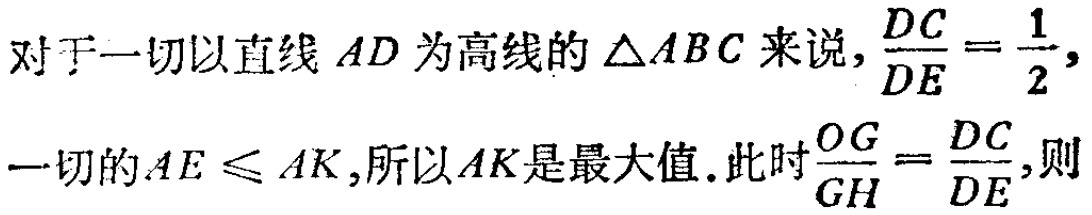
对于一切以直线 \(AD\) 为高线的 \(\triangle ABC\) 来说，\(\frac{DC}{DE}=\frac{1}{2}\)，
一切的 \(AE\leqslant AK\)，所以 \(AK\) 是最大值. 此时 \(\frac{OG}{GH}=\frac{DC}{DE}\)，则